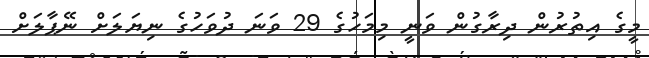
މީގެ އިތުރުން ދިރާގުން ވަނީ މިމަހުގެ 29 ވަނަ ދުވަހުގެ ނިޔަލަށް ނޭޕާލަށް